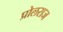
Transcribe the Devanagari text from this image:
प्रोलराज